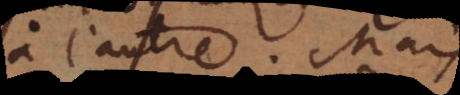
à l’autre. Mais